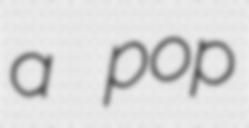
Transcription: a pop